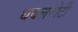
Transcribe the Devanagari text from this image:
धवलपोटी